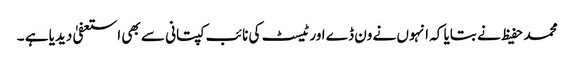
محمد حفیظ نے بتایا کہ انہوں نے ون ڈے اور ٹیسٹ کی نائب کپتانی سے بھی استعفیٰ دیدیا ہے ۔